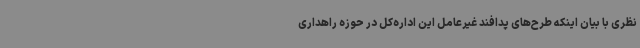
نظری با بیان اینکه طرح‌های پدافند غیرعامل این اداره‌کل در حوزه راهداری